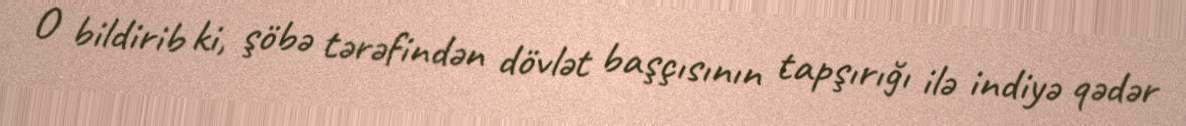
O bildirib ki, şöbə tərəfindən dövlət başçısının tapşırığı ilə indiyə qədər